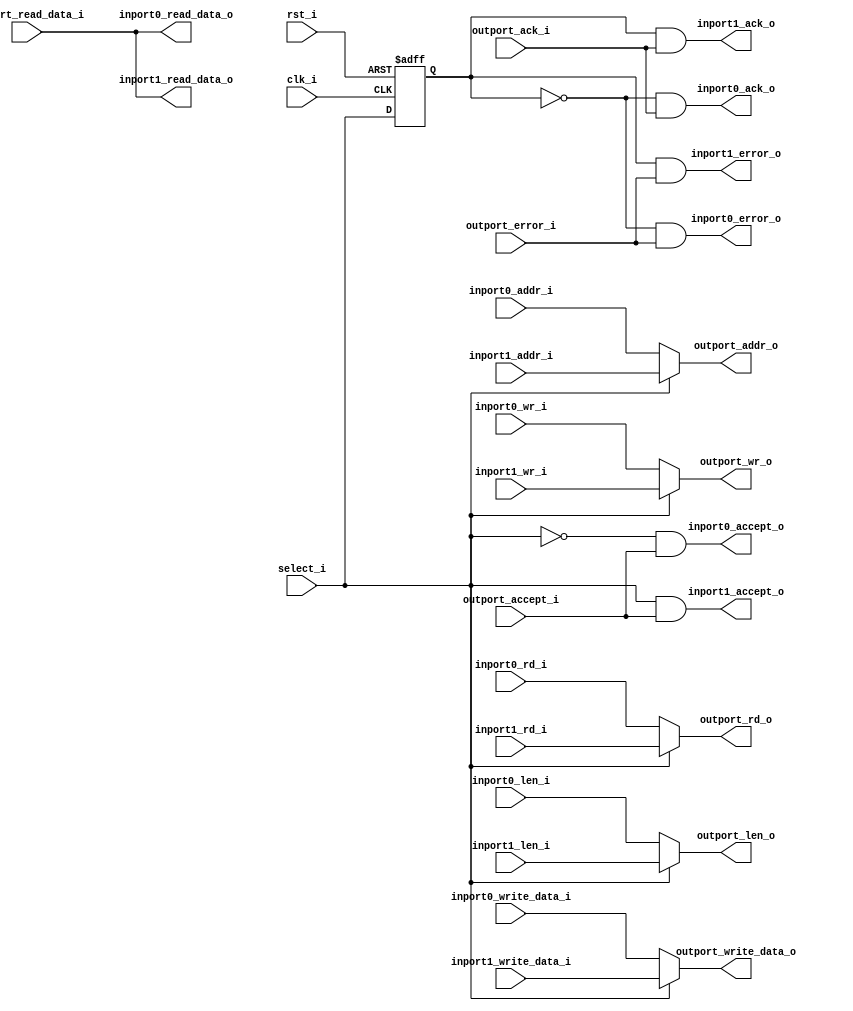
//-----------------------------------------------------------------
//                         RISC-V Top
//                            V0.6
//                     Ultra-Embedded.com
//                     Copyright 2014-2019
//
//                   admin@ultra-embedded.com
//
//                       License: BSD
//-----------------------------------------------------------------
//
// Copyright (c) 2014, Ultra-Embedded.com
// All rights reserved.
// 
// Redistribution and use in source and binary forms, with or without
// modification, are permitted provided that the following conditions 
// are met:
//   - Redistributions of source code must retain the above copyright
//     notice, this list of conditions and the following disclaimer.
//   - Redistributions in binary form must reproduce the above copyright
//     notice, this list of conditions and the following disclaimer 
//     in the documentation and/or other materials provided with the 
//     distribution.
//   - Neither the name of the author nor the names of its contributors 
//     may be used to endorse or promote products derived from this 
//     software without specific prior written permission.
// 
// THIS SOFTWARE IS PROVIDED BY THE COPYRIGHT HOLDERS AND CONTRIBUTORS 
// "AS IS" AND ANY EXPRESS OR IMPLIED WARRANTIES, INCLUDING, BUT NOT 
// LIMITED TO, THE IMPLIED WARRANTIES OF MERCHANTABILITY AND FITNESS FOR 
// A PARTICULAR PURPOSE ARE DISCLAIMED. IN NO EVENT SHALL THE AUTHOR BE 
// LIABLE FOR ANY DIRECT, INDIRECT, INCIDENTAL, SPECIAL, EXEMPLARY, OR 
// CONSEQUENTIAL DAMAGES (INCLUDING, BUT NOT LIMITED TO, PROCUREMENT OF 
// SUBSTITUTE GOODS OR SERVICES; LOSS OF USE, DATA, OR PROFITS; OR 
// BUSINESS INTERRUPTION) HOWEVER CAUSED AND ON ANY THEORY OF 
// LIABILITY, WHETHER IN CONTRACT, STRICT LIABILITY, OR TORT
// (INCLUDING NEGLIGENCE OR OTHERWISE) ARISING IN ANY WAY OUT OF 
// THE USE OF THIS SOFTWARE, EVEN IF ADVISED OF THE POSSIBILITY OF 
// SUCH DAMAGE.
//-----------------------------------------------------------------

//-----------------------------------------------------------------
//                          Generated File
//-----------------------------------------------------------------
module dcache_pmem_mux
(
    // Inputs
     input           clk_i
    ,input           rst_i
    ,input           outport_accept_i
    ,input           outport_ack_i
    ,input           outport_error_i
    ,input  [ 31:0]  outport_read_data_i
    ,input           select_i
    ,input  [  3:0]  inport0_wr_i
    ,input           inport0_rd_i
    ,input  [  7:0]  inport0_len_i
    ,input  [ 31:0]  inport0_addr_i
    ,input  [ 31:0]  inport0_write_data_i
    ,input  [  3:0]  inport1_wr_i
    ,input           inport1_rd_i
    ,input  [  7:0]  inport1_len_i
    ,input  [ 31:0]  inport1_addr_i
    ,input  [ 31:0]  inport1_write_data_i

    // Outputs
    ,output [  3:0]  outport_wr_o
    ,output          outport_rd_o
    ,output [  7:0]  outport_len_o
    ,output [ 31:0]  outport_addr_o
    ,output [ 31:0]  outport_write_data_o
    ,output          inport0_accept_o
    ,output          inport0_ack_o
    ,output          inport0_error_o
    ,output [ 31:0]  inport0_read_data_o
    ,output          inport1_accept_o
    ,output          inport1_ack_o
    ,output          inport1_error_o
    ,output [ 31:0]  inport1_read_data_o
);




//-----------------------------------------------------------------
// Output Mux
//-----------------------------------------------------------------
reg [  3:0]  outport_wr_r;
reg          outport_rd_r;
reg [  7:0]  outport_len_r;
reg [ 31:0]  outport_addr_r;
reg [ 31:0]  outport_write_data_r;
reg          select_q;

always @ *
begin
    case (select_i)
    1'd1:
    begin
        outport_wr_r          = inport1_wr_i;
        outport_rd_r          = inport1_rd_i;
        outport_len_r         = inport1_len_i;
        outport_addr_r        = inport1_addr_i;
        outport_write_data_r  = inport1_write_data_i;
    end
    default:
    begin
        outport_wr_r          = inport0_wr_i;
        outport_rd_r          = inport0_rd_i;
        outport_len_r         = inport0_len_i;
        outport_addr_r        = inport0_addr_i;
        outport_write_data_r  = inport0_write_data_i;
    end
    endcase
end

assign outport_wr_o         = outport_wr_r;
assign outport_rd_o         = outport_rd_r;
assign outport_len_o        = outport_len_r;
assign outport_addr_o       = outport_addr_r;
assign outport_write_data_o = outport_write_data_r;

// Delayed version of selector to match phase of response signals
always @ (posedge clk_i or posedge rst_i)
if (rst_i)
    select_q <= 1'b0;
else
    select_q <= select_i;

assign inport0_ack_o       = (select_q == 1'd0) && outport_ack_i;
assign inport0_error_o     = (select_q == 1'd0) && outport_error_i;
assign inport0_read_data_o = outport_read_data_i;
assign inport0_accept_o    = (select_i == 1'd0) && outport_accept_i;
assign inport1_ack_o       = (select_q == 1'd1) && outport_ack_i;
assign inport1_error_o     = (select_q == 1'd1) && outport_error_i;
assign inport1_read_data_o = outport_read_data_i;
assign inport1_accept_o    = (select_i == 1'd1) && outport_accept_i;


endmodule